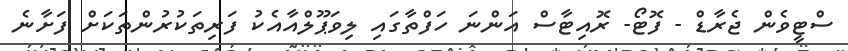
ސްޓީވެން ޖެރާޑް - ފޮޓޯ- ރޮއިޓާސް އަންނަ ހަފްތާގައި ލިވަޕޫލްއާއެކު ފަރިތަކުރުންތަކަށް ފަށާނެ